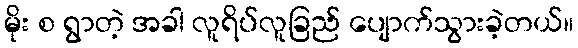
မိုး စ ရွာတဲ့ အခါ လူရိပ်လူခြည် ပျောက်သွားခဲ့တယ်။